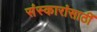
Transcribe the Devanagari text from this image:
संस्कारांसाठीं